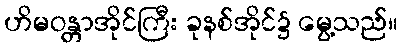
ဟိမဝန္တာအိုင်ကြီး ခုနစ်အိုင်၌ မွေ့သည်။